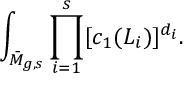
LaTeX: \int _ { \bar { \cal M } _ { g , s } } \prod _ { i = 1 } ^ { s } [ c _ { 1 } ( { \cal L } _ { i } ) ] ^ { d _ { i } } .